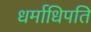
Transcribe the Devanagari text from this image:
धर्माधिपति